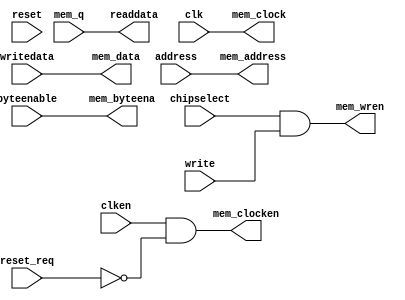
module sextium_ram_avalon(
	input [15:0] address,
	input [1:0] byteenable,
	input chipselect,
	input clk,
	input clken,
	input reset,
	input reset_req,
	input write,
	input [15:0] writedata,
	output [15:0] readdata,
	
	output [15:0] mem_address,
	output [1:0] mem_byteena,
	output mem_clock,
	output mem_clocken,
	output [15:0] mem_data,
	input [15:0] mem_q,
	output mem_wren
);

	assign mem_address = address;
	assign mem_byteena = byteenable;
	assign mem_clock = clk;
	assign mem_clocken = clken & ~reset_req;
	assign mem_data = writedata;
	assign mem_wren = chipselect & write;
	assign readdata = mem_q;

endmodule